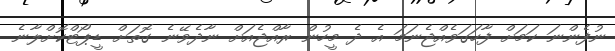
ނުފެންނަ ކަމަށް ފާހަގަވެއްޖެނަމަ އެ ދެ މީހުން ރާއްޖެއަށް ނާދެވޭނެ ގޮތަށް ޑީޕޯޓްކޮށްލާނެ